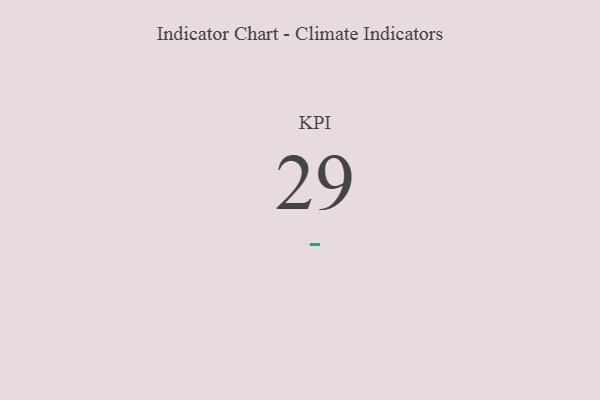
{"axis": {"x": "KPI", "y": "Value"}, "legend": [""], "data": [{"x": "KPI", "y": 29, "type": ""}]}